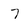
Character: 7